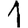
Digit: 1